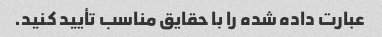
عبارت داده شده را با حقایق مناسب تأیید کنید.